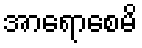
အာရောစေမိ